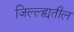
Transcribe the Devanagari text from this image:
जिल्ल्ह्यतील